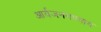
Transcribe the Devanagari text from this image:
आर्यजनगण्याय